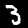
Label: 3